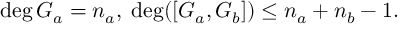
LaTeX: \deg G _ { a } = n _ { a } , \; \deg ( [ G _ { a } , G _ { b } ] ) \leq n _ { a } + n _ { b } - 1 .